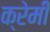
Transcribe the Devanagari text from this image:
क्रेमी